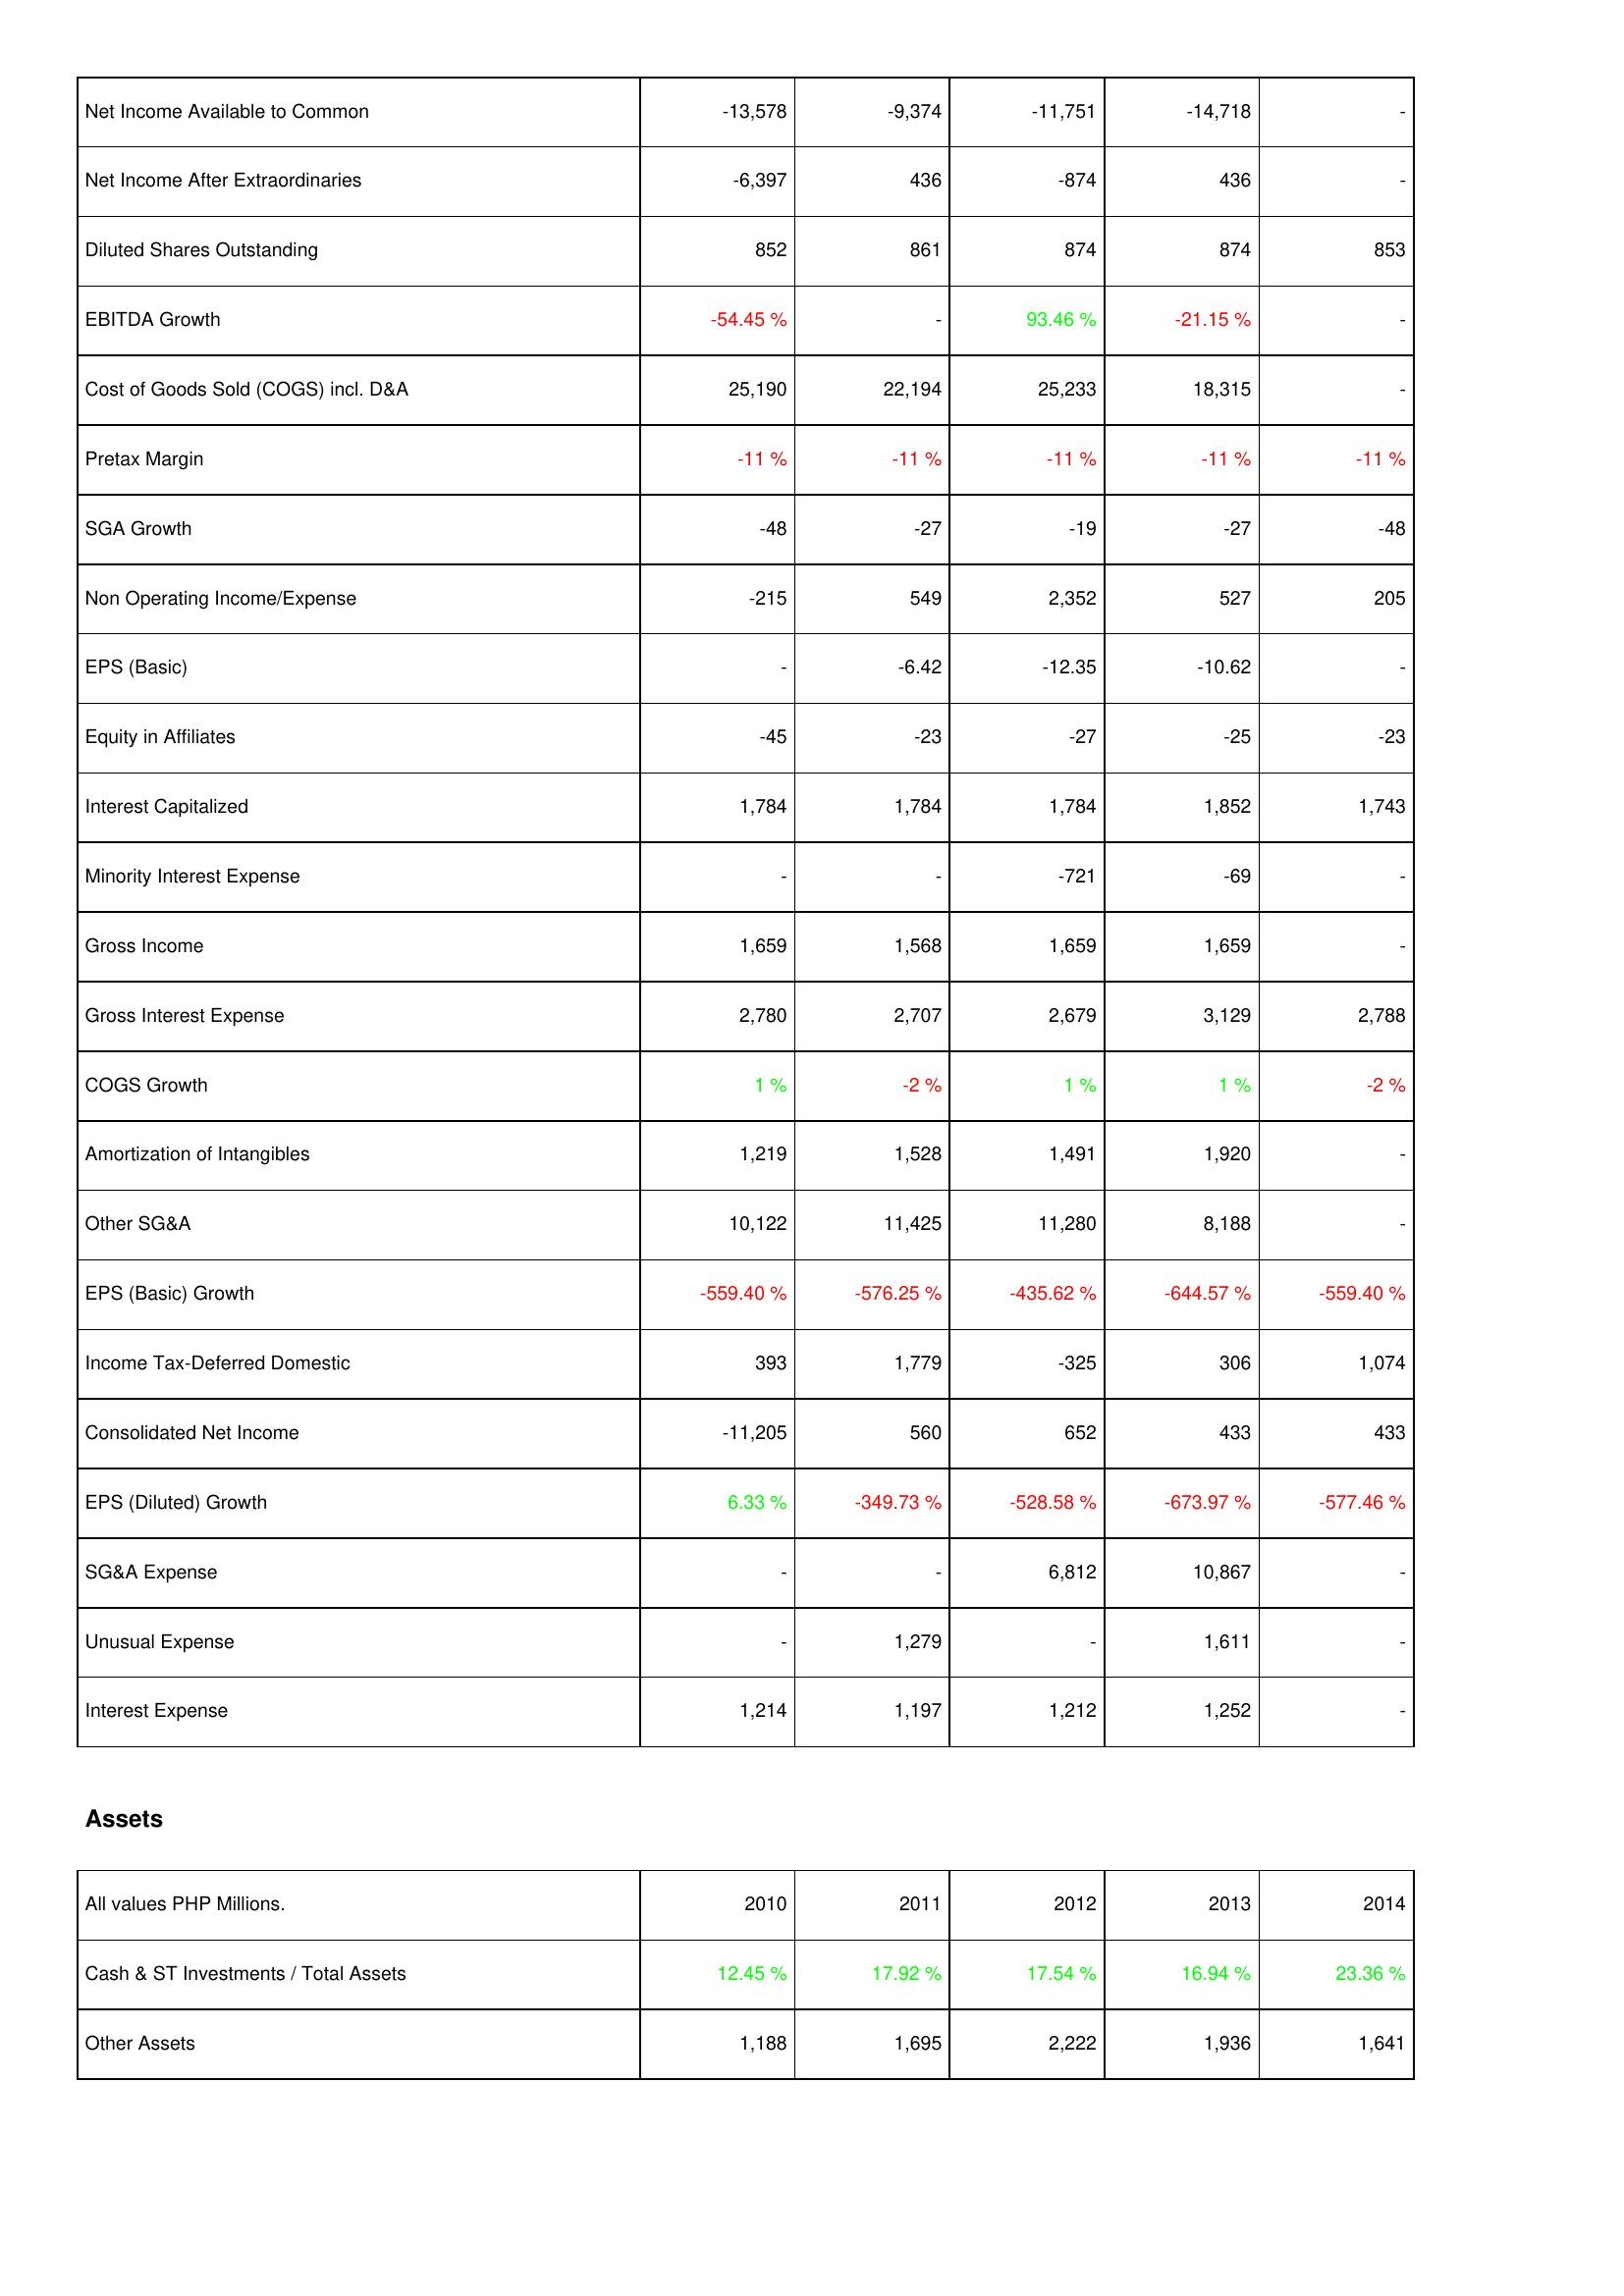
2010: Income Statement: Net Income Available to Common: -13,578
Net Income After Extraordinaries: -6,397
Diluted Shares Outstanding: 852
EBITDA Growth: -54.45 %
Cost of Goods Sold (COGS) incl. D&A: 25,190
Pretax Margin: -11 %
SGA Growth: -48
Non Operating Income/Expense: -215
EPS (Basic): -
Equity in Affiliates: -45
Interest Capitalized: 1,784
Minority Interest Expense: -
Gross Income: 1,659
Gross Interest Expense: 2,780
COGS Growth: 1 %
Amortization of Intangibles: 1,219
Other SG&A: 10,122
EPS (Basic) Growth: -559.40 %
Income Tax-Deferred Domestic: 393
Consolidated Net Income: -11,205
EPS (Diluted) Growth: 6.33 %
SG&A Expense: -
Unusual Expense: -
Interest Expense: 1,214
Assets: Cash & ST Investments / Total Assets: 12.45 %
Other Assets: 1,188
2011: Income Statement: Net Income Available to Common: -9,374
Net Income After Extraordinaries: 436
Diluted Shares Outstanding: 861
EBITDA Growth: -
Cost of Goods Sold (COGS) incl. D&A: 22,194
Pretax Margin: -11 %
SGA Growth: -27
Non Operating Income/Expense: 549
EPS (Basic): -6.42
Equity in Affiliates: -23
Interest Capitalized: 1,784
Minority Interest Expense: -
Gross Income: 1,568
Gross Interest Expense: 2,707
COGS Growth: -2 %
Amortization of Intangibles: 1,528
Other SG&A: 11,425
EPS (Basic) Growth: -576.25 %
Income Tax-Deferred Domestic: 1,779
Consolidated Net Income: 560
EPS (Diluted) Growth: -349.73 %
SG&A Expense: -
Unusual Expense: 1,279
Interest Expense: 1,197
Assets: Cash & ST Investments / Total Assets: 17.92 %
Other Assets: 1,695
2012: Income Statement: Net Income Available to Common: -11,751
Net Income After Extraordinaries: -874
Diluted Shares Outstanding: 874
EBITDA Growth: 93.46 %
Cost of Goods Sold (COGS) incl. D&A: 25,233
Pretax Margin: -11 %
SGA Growth: -19
Non Operating Income/Expense: 2,352
EPS (Basic): -12.35
Equity in Affiliates: -27
Interest Capitalized: 1,784
Minority Interest Expense: -721
Gross Income: 1,659
Gross Interest Expense: 2,679
COGS Growth: 1 %
Amortization of Intangibles: 1,491
Other SG&A: 11,280
EPS (Basic) Growth: -435.62 %
Income Tax-Deferred Domestic: -325
Consolidated Net Income: 652
EPS (Diluted) Growth: -528.58 %
SG&A Expense: 6,812
Unusual Expense: -
Interest Expense: 1,212
Assets: Cash & ST Investments / Total Assets: 17.54 %
Other Assets: 2,222
2013: Income Statement: Net Income Available to Common: -14,718
Net Income After Extraordinaries: 436
Diluted Shares Outstanding: 874
EBITDA Growth: -21.15 %
Cost of Goods Sold (COGS) incl. D&A: 18,315
Pretax Margin: -11 %
SGA Growth: -27
Non Operating Income/Expense: 527
EPS (Basic): -10.62
Equity in Affiliates: -25
Interest Capitalized: 1,852
Minority Interest Expense: -69
Gross Income: 1,659
Gross Interest Expense: 3,129
COGS Growth: 1 %
Amortization of Intangibles: 1,920
Other SG&A: 8,188
EPS (Basic) Growth: -644.57 %
Income Tax-Deferred Domestic: 306
Consolidated Net Income: 433
EPS (Diluted) Growth: -673.97 %
SG&A Expense: 10,867
Unusual Expense: 1,611
Interest Expense: 1,252
Assets: Cash & ST Investments / Total Assets: 16.94 %
Other Assets: 1,936
2014: Income Statement: Net Income Available to Common: -
Net Income After Extraordinaries: -
Diluted Shares Outstanding: 853
EBITDA Growth: -
Cost of Goods Sold (COGS) incl. D&A: -
Pretax Margin: -11 %
SGA Growth: -48
Non Operating Income/Expense: 205
EPS (Basic): -
Equity in Affiliates: -23
Interest Capitalized: 1,743
Minority Interest Expense: -
Gross Income: -
Gross Interest Expense: 2,788
COGS Growth: -2 %
Amortization of Intangibles: -
Other SG&A: -
EPS (Basic) Growth: -559.40 %
Income Tax-Deferred Domestic: 1,074
Consolidated Net Income: 433
EPS (Diluted) Growth: -577.46 %
SG&A Expense: -
Unusual Expense: -
Interest Expense: -
Assets: Cash & ST Investments / Total Assets: 23.36 %
Other Assets: 1,641